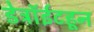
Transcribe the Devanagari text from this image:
डेट्रॉईटहून